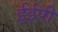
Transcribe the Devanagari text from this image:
ईईपी